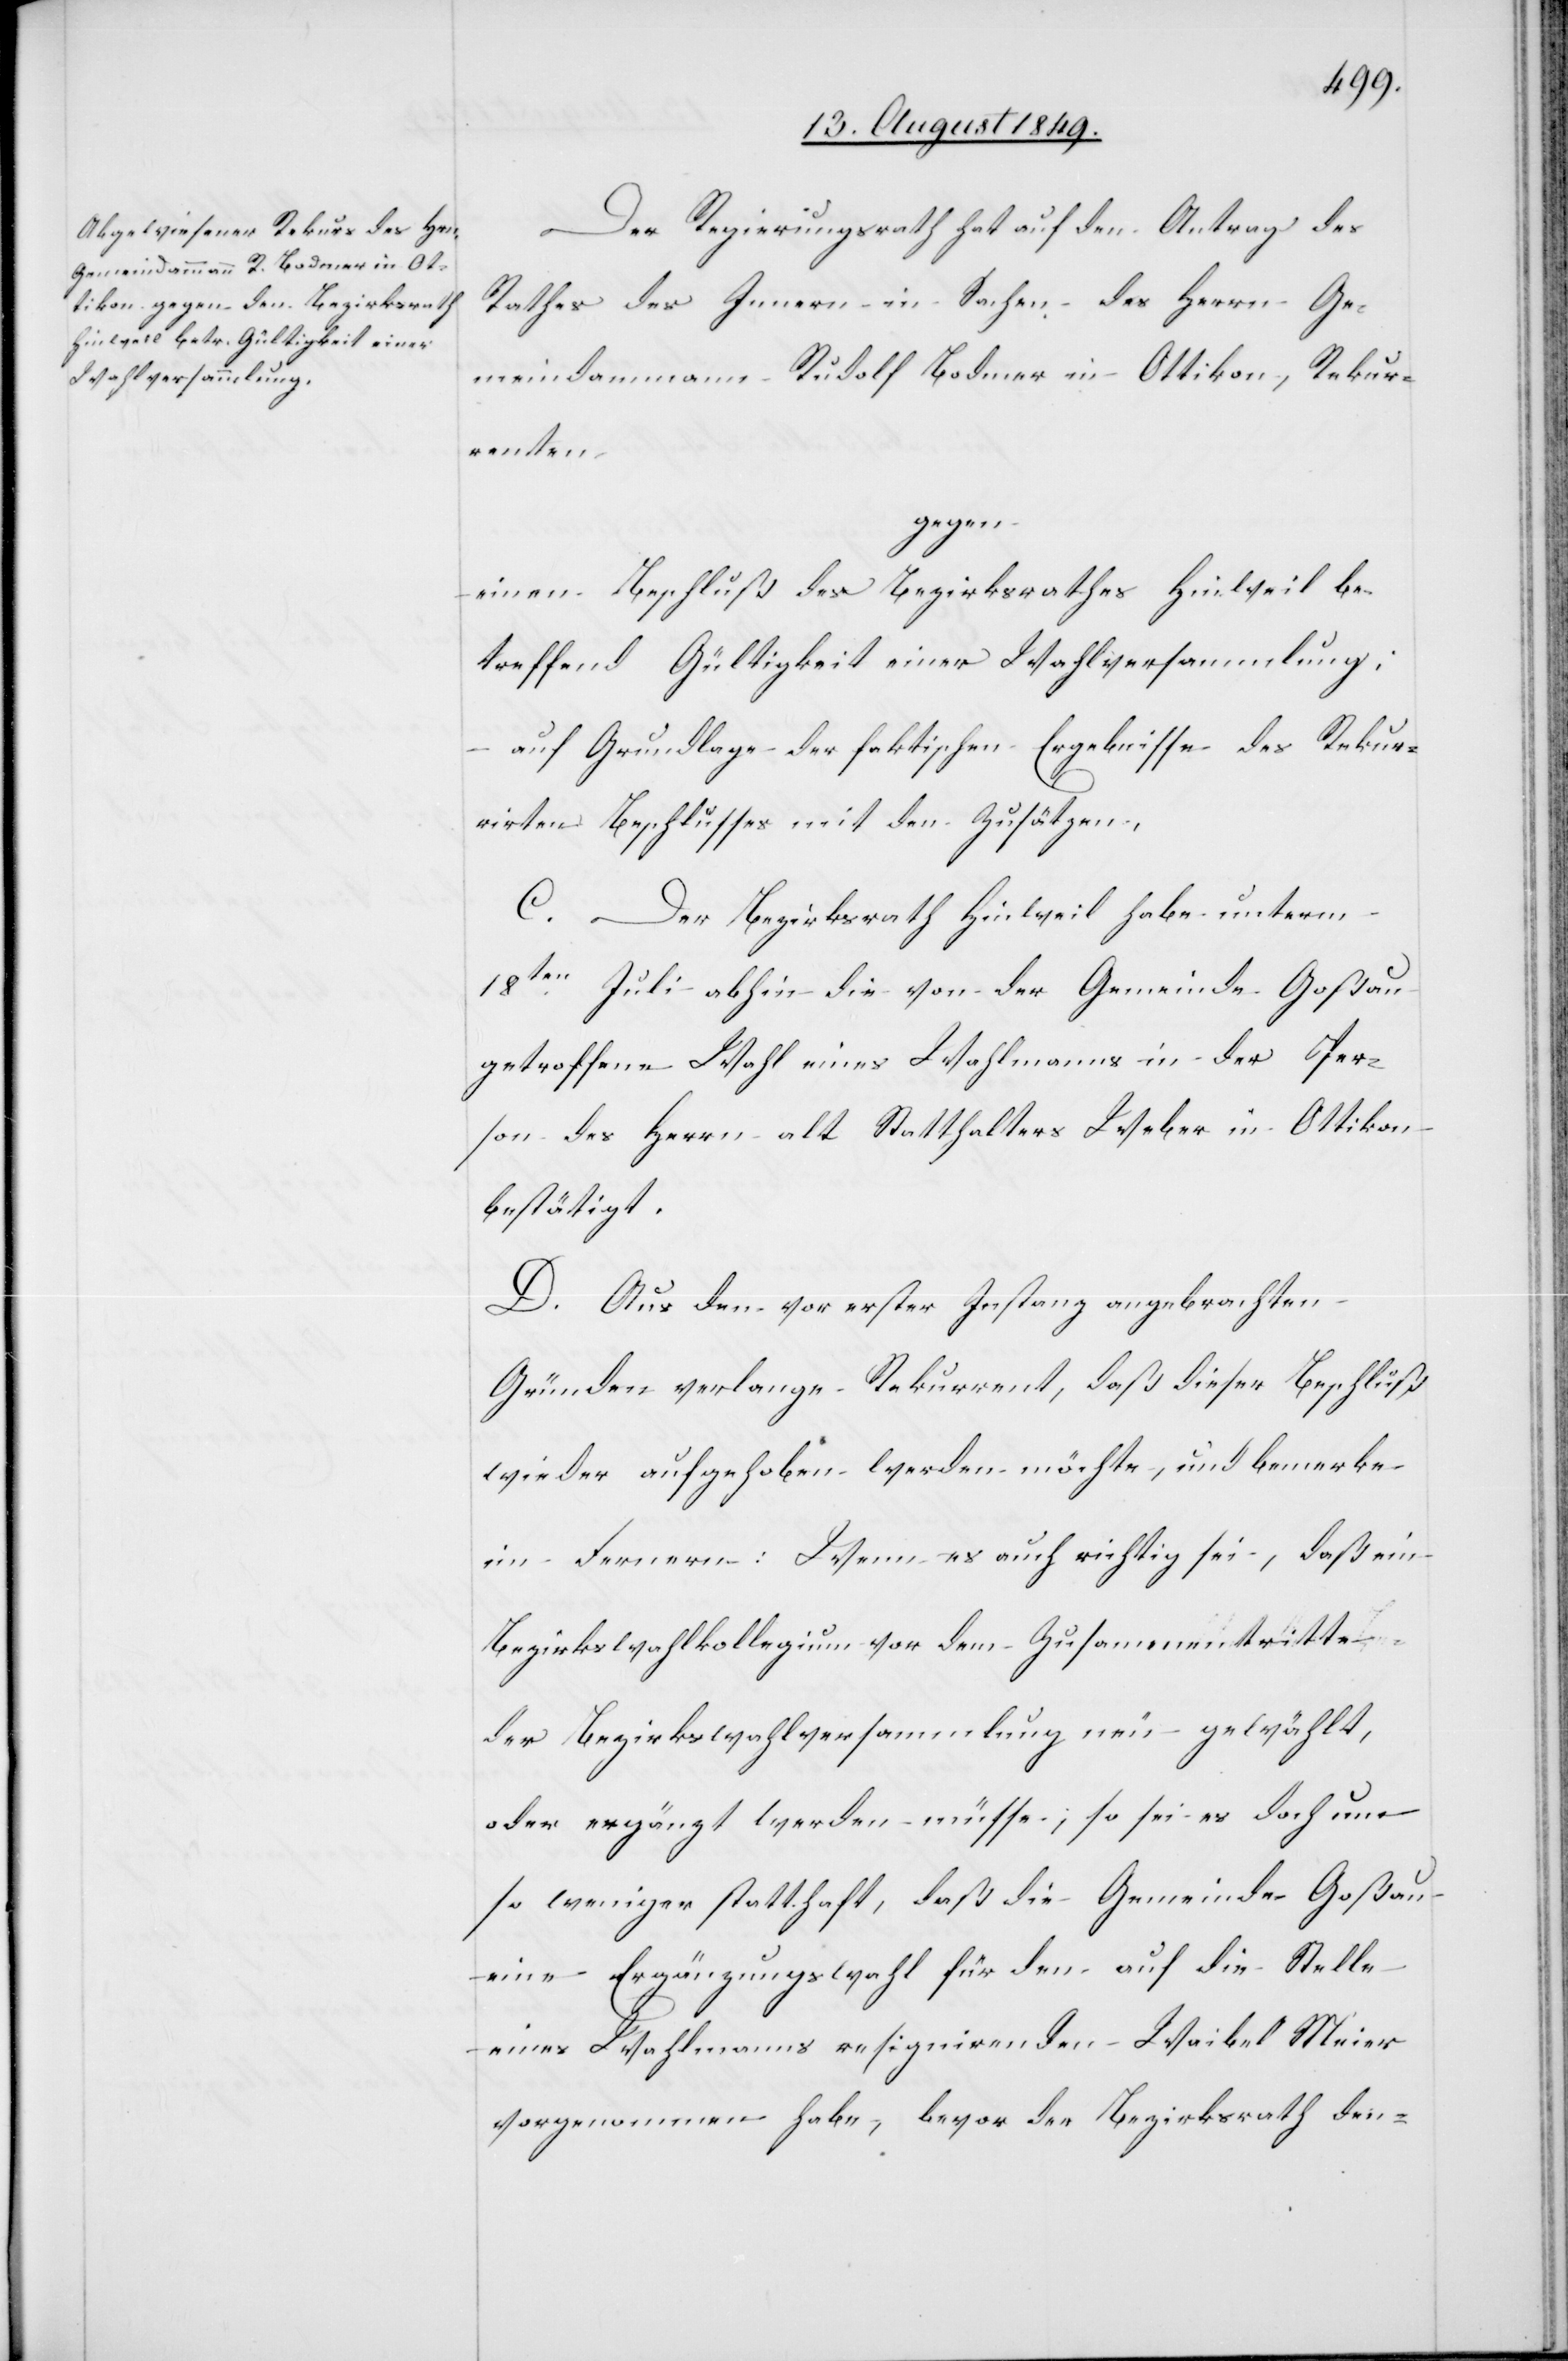
Der Regierungsrath hat auf den Antrag des
Rathes des Innern in Sachen des Herrn Ge¬
meindammann Rudolf Bodmer in Ottikon, Rekur¬
rirten
gegen
einen Beschluß des Bezirksrathes Hinweil be¬
treffend Gültigkeit einer Wahlversammlung;
auf Grundlage der faktischen Ergebnisse des Rekur¬
[sic!] Beschlusses mit den Zusätzen.
C. Der Bezirksrath Hinweil habe unterm
18ten Juli abhin die von der Gemeinde Goßau
getroffene Wahl eines Wahlmanns in der Per¬
son des Herrn alt Statthalters Weber in Ottikon
bestätigt.
D. Aus den vor erster Instanz angebrachten
Gründen verlange Rekurrent, daß dieser Beschluß
wieder aufgehoben werden möchte, und bemerke
im Fernern: Wenn es auch richtig sei, daß ein
Bezirkswahlkollegium vor dem Zusammentritte
der Bezirksversammlung neu gewählt,
oder ergänzt werden müsse, so sei es doch um
so weniger statthaft, daß die Gemeinde Goßau
eine Ergänzungswahl für den auf die Stelle
eines Wahlmanns resignirenden Waibel Meier
vorgenommen habe, bevor der Bezirksrath den-